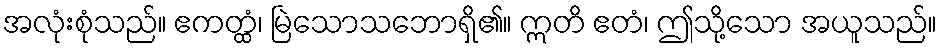
အလုံးစုံသည်။ ဧကတ္ထံ၊ မြဲသောသဘောရှိ၏။ ဣတိ ဧတံ၊ ဤသို့သော အယူသည်။